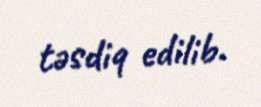
təsdiq edilib.